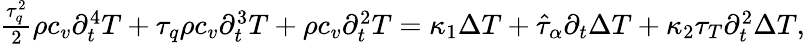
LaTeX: \begin{array}{r}{\frac{\tau_{q}^{2}}{2}\rho c_{v}\partial_{t}^{4}T+\tau_{q}\rho c_{v}\partial_{t}^{3}T+\rho c_{v}\partial_{t}^{2}T=\kappa_{1}\Delta T+\hat{\tau}_{\alpha}\partial_{t}\Delta T+\kappa_{2}\tau_{T}\partial_{t}^{2}\Delta T,}\end{array}